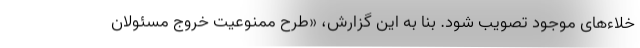
خلاء‌های موجود تصویب شود. بنا به این گزارش، «طرح ممنوعیت خروج مسئولان